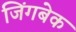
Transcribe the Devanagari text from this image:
जिंगबेक